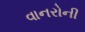
વાનરોની